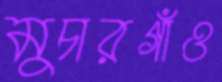
মুচারগাঁও